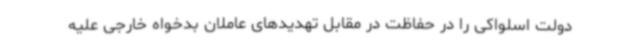
دولت اسلواکی را در حفاظت در مقابل تهدیدهای عاملان بدخواه خارجی علیه